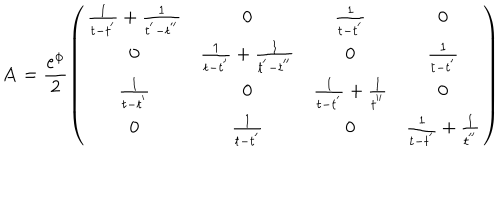
LaTeX: { \bf A } = \frac { e ^ { \phi } } { 2 } \left( \begin{array} { c c c c } { { \frac { 1 } { t - t ^ { ' } } + \frac { 1 } { t ^ { ' } - t ^ { ' ^ { \prime } } } } } & { { 0 } } & { { \frac { 1 } { t - t ^ { ' } } } } & { { 0 } } \\ { { 0 } } & { { \frac { 1 } { t - t ^ { ' } } + \frac { 1 } { t ^ { ' } - t ^ { ' ^ { \prime } } } } } & { { 0 } } & { { \frac { 1 } { t - t ^ { ' } } } } \\ { { \frac { 1 } { t - t ^ { ' } } } } & { { 0 } } & { { \frac { 1 } { t - t ^ { ' } } + \frac { 1 } { t ^ { ' ^ { \prime } } } } } & { { 0 } } \\ { { 0 } } & { { \frac { 1 } { t - t ^ { ' } } } } & { { 0 } } & { { \frac { 1 } { t - t ^ { ' } } + \frac { 1 } { t ^ { ' ^ { \prime } } } } } \\ \end{array} \right)